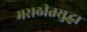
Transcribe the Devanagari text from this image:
मराठीतसुद्धा